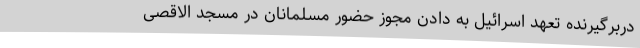
دربرگیرنده تعهد اسرائیل به دادن مجوز حضور مسلمانان در مسجد الاقصی